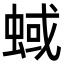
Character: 蜮